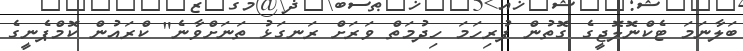
ބަލާނަމަ ޓެކްނޮލޮޖީގެ ގޮތުން ފުރިހަމަ ހިދުމަތް ވަރަށް ރަނގަޅު ތަނަށްވާނެ" ކްރައުން ކޮމްޕެނީގެ